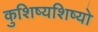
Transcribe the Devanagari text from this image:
कुशिष्यशिष्यो